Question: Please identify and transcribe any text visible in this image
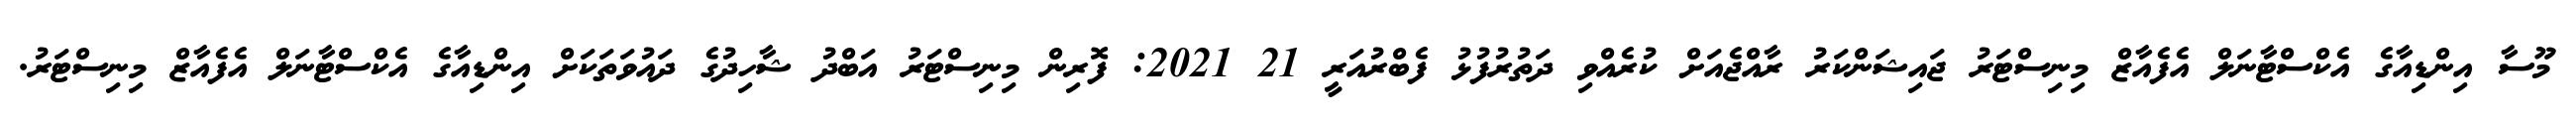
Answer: މޫސާ އިންޑިއާގެ އެކްސްޓާނަލް އެފެއާޒް މިނިސްޓަރު ޖައިޝަންކަރު ރާއްޖެއަށް ކުރެއްވި ދަތުރުފުޅު ފެބްރުއަރީ 21 2021: ފޮރިން މިނިސްޓަރު އަބްދު ޝާހިދުގެ ދައުވަތަކަށް އިންޑިއާގެ އެކްސްޓާނަލް އެފެއާޒް މިނިސްޓަރު.